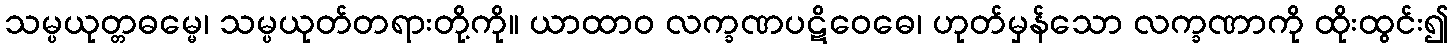
သမ္ပယုတ္တဓမ္မေ၊ သမ္ပယုတ်တရားတို့ကို။ ယာထာဝ လက္ခဏပဋိဝေဓေ၊ ဟုတ်မှန်သော လက္ခဏာကို ထိုးထွင်း၍